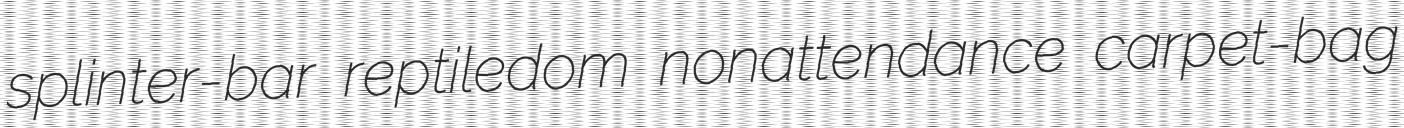
splinter-bar reptiledom nonattendance carpet-bag